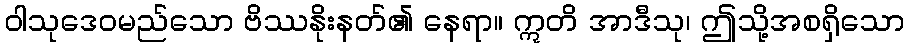
ဝါသုဒေဝမည်သော ဗိဿနိုးနတ်၏ နေရာ။ ဣတိ အာဒီသု၊ ဤသို့အစရှိသော